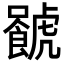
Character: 𧈐